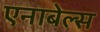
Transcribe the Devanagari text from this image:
एनाबेल्स